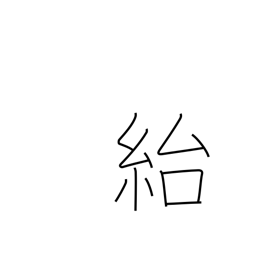
Meaning: deceive